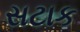
સટાક